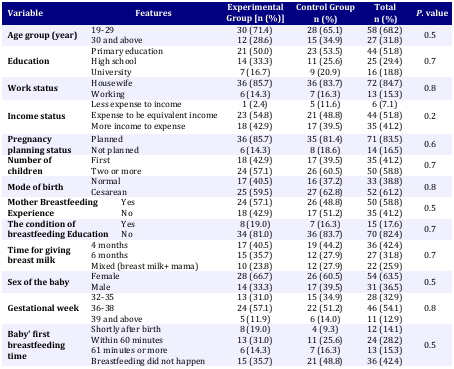
<table><thead><tr><td rowspan="2"><b>Variable</b></td><td rowspan="2" colspan="2"><b>Features</b></td><td rowspan="2"><b>Experimental Group [n (%)]</b></td><td><b>Control Group</b></td><td><b>Total</b></td><td rowspan="2"><b><i>P.</i> value</b></td></tr><tr><td><b>n (%)</b></td><td><b>n (%)</b></td></tr></thead><tbody><tr><td rowspan="2"><b>Age group (year)</b></td><td colspan="2">19-29</td><td>30 (71.4)</td><td>28 (65.1)</td><td>58 (68.2)</td><td rowspan="2">0.5</td></tr><tr><td colspan="2">30 and above</td><td>12 (28.6)</td><td>15 (34.9)</td><td>27 (31.8)</td></tr><tr><td rowspan="3"><b>Education</b></td><td colspan="2">Primary education</td><td>21 (50.0)</td><td>23 (53.5)</td><td>44 (51.8)</td><td rowspan="3">0.7</td></tr><tr><td colspan="2">High school</td><td>14 (33.3)</td><td>11 (25.6)</td><td>25 (29.4)</td></tr><tr><td colspan="2">University</td><td>7 (16.7)</td><td>9 (20.9)</td><td>16 (18.8)</td></tr><tr><td rowspan="2"><b>Work status</b></td><td colspan="2">Housewife</td><td>36 (85.7)</td><td>36 (83.7)</td><td>72 (84.7)</td><td rowspan="2">0.8</td></tr><tr><td colspan="2">Working</td><td>6 (14.3)</td><td>7 (16.3)</td><td>13 (15.3)</td></tr><tr><td rowspan="3"><b>Income status</b></td><td colspan="2">Less expense to income</td><td>1 (2.4)</td><td>5 (11.6)</td><td>6 (7.1)</td><td rowspan="3">0.2</td></tr><tr><td colspan="2">Expense to be equivalent income</td><td>23 (54.8)</td><td>21 (48.8)</td><td>44 (51.8)</td></tr><tr><td colspan="2">More income to expense</td><td>18 (42.9)</td><td>17 (39.5)</td><td>35 (41.2)</td></tr><tr><td rowspan="2"><b>Pregnancy planning status</b></td><td colspan="2">Planned</td><td>36 (85.7)</td><td>35 (81.4)</td><td>71 (83.5)</td><td rowspan="2">0.6</td></tr><tr><td colspan="2">Not planned</td><td>6 (14.3)</td><td>8 (18.6)</td><td>14 (16.5)</td></tr><tr><td rowspan="2"><b>Number of children</b></td><td colspan="2">First</td><td>18 (42.9)</td><td>17 (39.5)</td><td>35 (41.2)</td><td rowspan="2">0.7</td></tr><tr><td colspan="2">Two or more</td><td>24 (57.1)</td><td>26 (60.5)</td><td>50 (58.8)</td></tr><tr><td rowspan="2"><b>Mode of birth</b></td><td colspan="2">Normal</td><td>17 (40.5)</td><td>16 (37.2)</td><td>33 (38.8)</td><td rowspan="2">0.8</td></tr><tr><td colspan="2">Cesarean</td><td>25 (59.5)</td><td>27 (62.8)</td><td>52 (61.2)</td></tr><tr><td rowspan="2" colspan="2"><b>Mother Breastfeeding </b><b>Experience</b></td><td>Yes</td><td>24 (57.1)</td><td>26 (48.8)</td><td>50 (58.8)</td><td rowspan="2">0.5</td></tr><tr><td>No</td><td>18 (42.9)</td><td>17 (51.2)</td><td>35 (41.2)</td></tr><tr><td rowspan="2" colspan="2"><b>The condition of </b><b>breastfeeding Education</b></td><td>Yes</td><td>8 (19.0)</td><td>7 (16.3)</td><td>15 (17.6)</td><td rowspan="2">0.7</td></tr><tr><td>No</td><td>34 (81.0)</td><td>36 (83.7)</td><td>70 (82.4)</td></tr><tr><td rowspan="3"><b>Time for giving breast milk</b></td><td colspan="2">4 months </td><td>17 (40.5)</td><td>19 (44.2)</td><td>36 (42.4)</td><td rowspan="3">0.7</td></tr><tr><td colspan="2">6 months </td><td>15 (35.7)</td><td>12 (27.9)</td><td>27 (31.8)</td></tr><tr><td colspan="2">Mixed (breast milk+ mama)</td><td>10 (23.8)</td><td>12 (27.9)</td><td>22 (25.9)</td></tr><tr><td rowspan="2"><b>Sex of the baby</b></td><td colspan="2">Female</td><td>28 (66.7)</td><td>26 (60.5)</td><td>54 (63.5)</td><td rowspan="2">0.5</td></tr><tr><td colspan="2">Male</td><td>14 (33.3)</td><td>17 (39.5)</td><td>31 (36.5)</td></tr><tr><td rowspan="3"><b>Gestational week</b></td><td colspan="2">32-35</td><td>13 (31.0)</td><td>15 (34.9)</td><td>28 (32.9)</td><td rowspan="3">0.8</td></tr><tr><td colspan="2">36-38</td><td>24 (57.1)</td><td>22 (51.2)</td><td>46 (54.1)</td></tr><tr><td colspan="2">39 and above</td><td>5 (11.9)</td><td>6 (14.0)</td><td>11 (12.9)</td></tr><tr><td rowspan="4"><b>Baby’ first breastfeeding time</b></td><td colspan="2">Shortly after birth</td><td>8 (19.0)</td><td>4 (9.3)</td><td>12 (14.1)</td><td rowspan="4">0.5</td></tr><tr><td colspan="2">Within 60 minutes</td><td>13 (31.0)</td><td>11 (25.6)</td><td>24 (28.2)</td></tr><tr><td colspan="2">61 minutes or more</td><td>6 (14.3)</td><td>7 (16.3)</td><td>13 (15.3)</td></tr><tr><td colspan="2">Breastfeeding did not happen</td><td>15 (35.7)</td><td>21 (48.8)</td><td>36 (42.4)</td></tr></tbody></table>